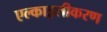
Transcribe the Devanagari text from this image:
एल्काइलीकरण